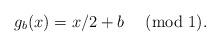
LaTeX: \begin{align*}g_b(x)= x/2 + b \;\pmod{1}.\end{align*}